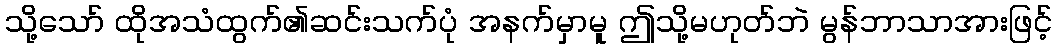
သို့သော် ထိုအသံထွက်၏ဆင်းသက်ပုံ အနက်မှာမူ ဤသို့မဟုတ်ဘဲ မွန်ဘာသာအားဖြင့်